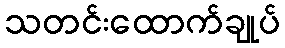
သတင်းထောက်ချုပ်